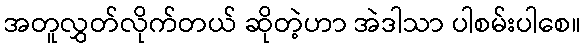
အတူလွှတ်လိုက်တယ် ဆိုတဲ့ဟာ အဲဒါသာ ပါစမ်းပါစေ။